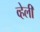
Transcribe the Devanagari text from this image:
व्हेली